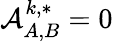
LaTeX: \mathcal{A}_{A,B}^{k,*}=0